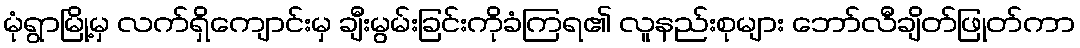
မုံရွာမြို့မှ လက်ရှိကျောင်းမှ ချီးမွမ်းခြင်းကိုခံကြရ၏ လူနည်းစုများ ဘော်လီချိတ်ဖြုတ်ကာ